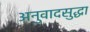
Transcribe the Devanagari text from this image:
अनुवादसुद्धा